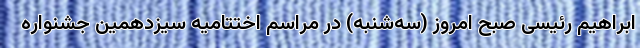
ابراهیم رئیسی صبح امروز (سه‌شنبه) در مراسم اختتامیه سیزدهمین جشنواره